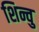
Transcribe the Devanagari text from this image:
शिन्वु